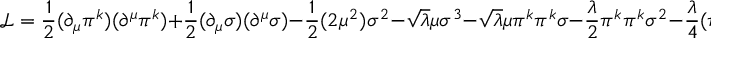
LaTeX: { \mathcal { L } } = { \frac { 1 } { 2 } } ( \partial _ { \mu } \pi ^ { k } ) ( \partial ^ { \mu } \pi ^ { k } ) + { \frac { 1 } { 2 } } ( \partial _ { \mu } \sigma ) ( \partial ^ { \mu } \sigma ) - { \frac { 1 } { 2 } } ( 2 \mu ^ { 2 } ) \sigma ^ { 2 } - { \sqrt { \lambda } } \mu \sigma ^ { 3 } - { \sqrt { \lambda } } \mu \pi ^ { k } \pi ^ { k } \sigma - { \frac { \lambda } { 2 } } \pi ^ { k } \pi ^ { k } \sigma ^ { 2 } - { \frac { \lambda } { 4 } } ( \pi ^ { k } \pi ^ { k } ) ^ { 2 } ,